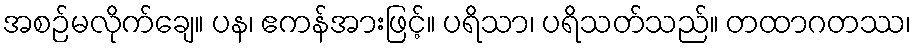
အစဉ်မလိုက်ချေ။ ပန၊ ဧကန်အားဖြင့်။ ပရိသာ၊ ပရိသတ်သည်။ တထာဂတဿ၊